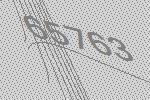
65763